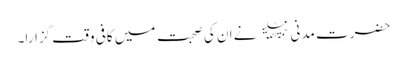
حضرت مدنی ﷫ نے ان کی صحبت میں کافی وقت گزارا۔